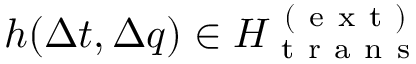
h ( \Delta t , \Delta q ) \in H _ { \mathrm { ~ t ~ r ~ a ~ n ~ s ~ } } ^ { \mathrm { ~ ( ~ e ~ x ~ t ~ ) ~ } }